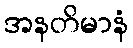
အနတိမာနံ